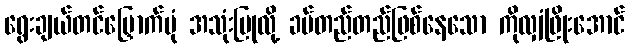
ရွေးချယ်တင်မြှောက်ပုံ အသုံးပြုလို့ ခပ်တည်တည်ဖြစ်နေသော ကိုလျှံဖြိုးအောင်